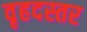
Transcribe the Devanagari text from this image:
वृहदस्तर